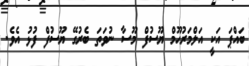
ބައްޕަ އަކީ އަލްމަރުޙޫމް ޔޫސުފް މޫސާ ނުވަތަ ބެރުގޭ ޔޫސުފް ފުޅު އެވެ.